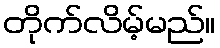
တိုက်လိမ့်မည်။